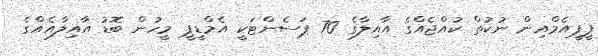
ޕީޕީއެމްއިން ނުކުތް ކުއްޖެއްގެ އާއިލާގެ 70 ޕަސެންޓަކީ އެމްޑީޕީ މީހުން ބޮޑު އާއިލާއެއްގެ